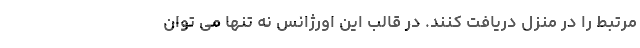
مرتبط را در منزل دریافت کنند. در قالب این اورژانس نه تنها می توان